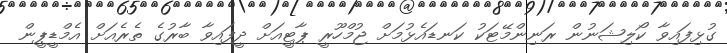
ގުޅިފައިވާ ކޯލިޝަނުން ރަނިންމޭޓަކު ކަނޑައެޅުމަށް ޖުމްހޫރީ ޕާޓީއަށް ދީފައިވާ ބާރުގެ ތެރެއަށް އެމްޑީޕީން